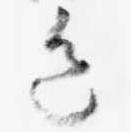
色